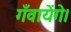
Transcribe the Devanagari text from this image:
गँवायेंगे।